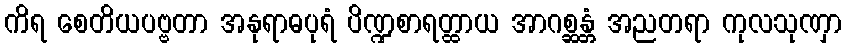
ကိရ စေတိယပဗ္ဗတာ အနုရာဓပုရံ ပိဏ္ဍစာရတ္ထာယ အာဂစ္ဆန္တံ အညတရာ ကုလသုဏှာ